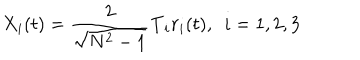
X _ { i } ( t ) = \frac { 2 } { \sqrt { N ^ { 2 } - 1 } } \mathbf { T } _ { i } r _ { i } ( t ) , \ \ i = 1 , 2 , 3